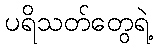
ပရိသတ်တွေရဲ့